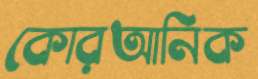
কোরআনিক